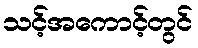
သင့်အကောင့်တွင်